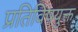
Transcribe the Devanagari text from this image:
प्रतिविषयुक्त